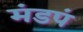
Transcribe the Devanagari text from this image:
मंडपं